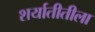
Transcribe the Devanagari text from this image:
शर्यातीतीला